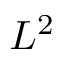
L ^ { 2 }